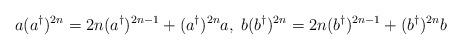
LaTeX: \begin{align*}a(a^{\dagger })^{2n}=2n(a^{\dagger })^{2n-1}+(a^{\dagger})^{2n}a, \; b(b^{\dagger })^{2n}=2n(b^{\dagger })^{2n-1}+(b^{\dagger })^{2n}b\end{align*}